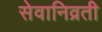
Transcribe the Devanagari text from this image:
सेवानिव्रती